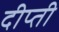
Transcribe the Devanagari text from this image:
दीप्‍ती